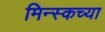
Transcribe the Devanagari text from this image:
मिन्स्कच्या